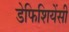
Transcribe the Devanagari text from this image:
डेफिशियेंसी